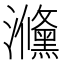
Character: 㶖